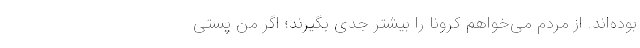
بوده‌اند. از مردم می‌خواهم کرونا را بیشتر جدّی بگیرند؛ اگر من پستی